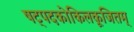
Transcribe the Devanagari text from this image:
षट्पदकोकिलकूजितम्